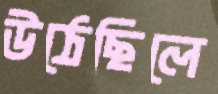
উঠেছিলে